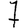
Digit: 7